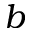
b